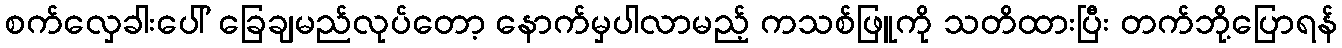
စက်လှေခါးပေါ် ခြေချမည်လုပ်တော့ နောက်မှပါလာမည့် ကသစ်ဖြူကို သတိထားပြီး တက်ဘို့ပြောရန်